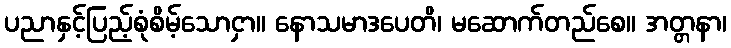
ပညာနှင့်ပြည့်စုံစိမ့်သောငှာ။ နောသမာဒပေတိ၊ မဆောက်တည်စေ။ အတ္တနာ၊